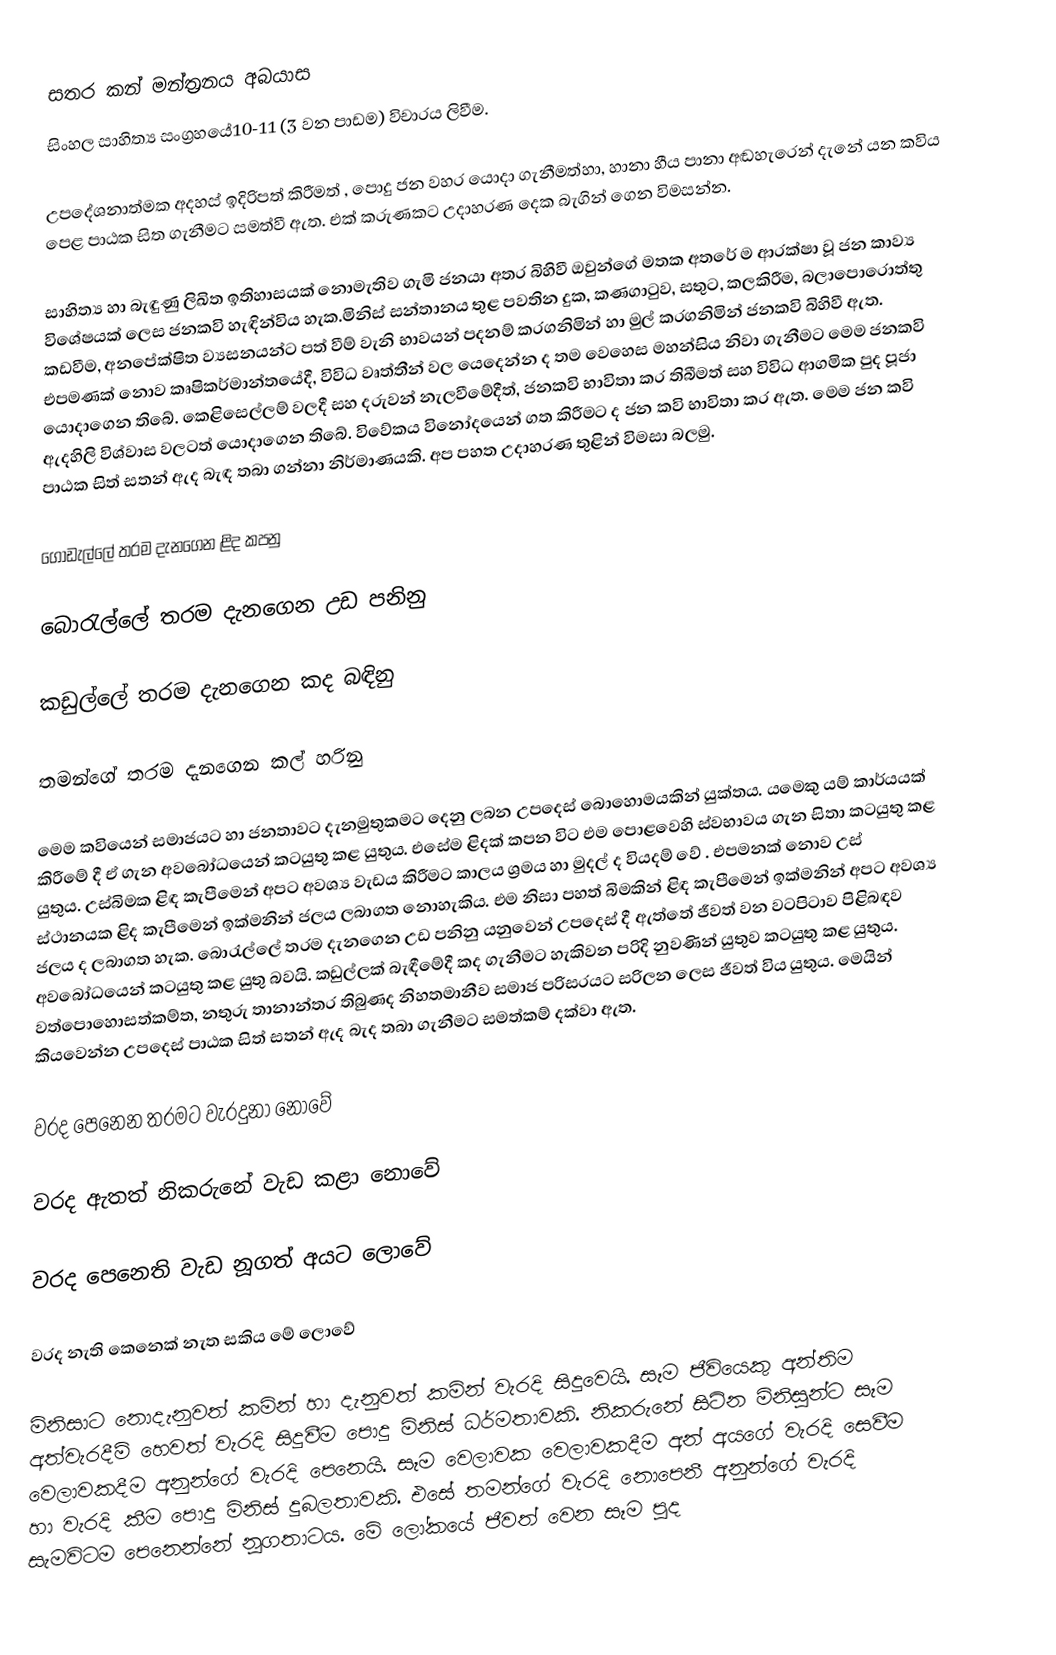
සතර කන් මන්ත්‍ර්‍රනය අබයාස
සිංහල සාහිත්‍ය සංග්‍රහයේ10-11 (3 වන පාඩම) විචාරය ලිවීම.

 උපදේශනාත්මක අදහස් ඉදිරිපත් කිරීමත් , පොදු ජන වහර යොදා ගැනීමත්හා, හානා හීය පානා අඬහැරෙන් දැනේ යන කවිය පෙළ පාඨක සිත ගැනීමට සමත්වී ඇත. එක් කරුණකට  උදාහරණ දෙක බැගින් ගෙන විමසන්න.

සාහිත්‍ය හා බැඳුණු ලිඛිත ඉතිහාසයක් නොමැතිව ගැමි ජනයා අතර බිහිවී ඔවුන්ගේ මතක අතරේ ම ආරක්ෂා වූ ජන කාව්‍ය විශේෂයක් ලෙස ජනකවි හැඳින්විය හැක.මිනිස් සන්තානය තුළ පවතින දුක, කණගාටුව, සතුට, කලකිරීම, බලාපොරොත්තු කඩවීම, අනපේක්ෂිත ව්‍යසනයන්ට පත් වීම් වැනි භාවයන් පදනම් කරගනිමින් හා මුල් කරගනිමින් ජනකවි බිහිවී ඇත. එපමණක් නොව කෘෂිකර්මාන්තයේදී, විවිධ වෘත්තීන් වල යෙදෙන්න ද තම වෙහෙස මහන්සිය නිවා ගැනීමට මෙම ජනකවි යොදාගෙන තිබේ. කෙළිසෙල්ලම් වලදී සහ දරුවන් නැලවීමේදීත්, ජනකවි භාවිතා කර තිබීමත් සහ විවිධ ආගමික පුද පූජා ඇදහිලි විශ්වාස වලටත් යොදාගෙන තිබේ. විවේකය විනෝදයෙන් ගත කිරීමට ද ජන කවි භාවිතා කර ඇත. මෙම ජන කවි පාඨක සිත් සතන් ඇද බැඳ තබා ගන්නා නිර්මාණයකි. අප පහත උදාහරණ තුළින් විමසා බලමු.

ගොඩැල්ලේ තරම දැනගෙන ළිද            කපනු

බොරැල්ලේ තරම දැනගෙන උඩ             පනිනු

කඩුල්ලේ තරම දැනගෙන කද                බඳිනු

තමන්ගේ තරම දැනගෙන කල්               හරිනු

මෙම කවියෙන් සමාජයට හා ජනතාවට දැනමුතුකමට දෙනු ලබන උපදෙස් බොහොමයකින් යුක්තය. යමෙකු යම් කාර්යයක් කිරීමේ දී ඒ ගැන අවබෝධයෙන් කටයුතු කළ යුතුය. එසේම ළිදක් කපන විට එම පොළවෙහි ස්වභාවය ගැන සිතා කටයුතු කළ යුතුය.  උස්බිමක  ළිඳ කැපීමෙන් අපට අවශ්‍ය වැඩය කිරීමට කාලය ශ්‍රමය හා මුදල් ද වියදම් වේ . එපමනක් නොව උස් ස්ථානයක ළිද කැපීමෙන් ඉක්මනින්  ජලය ලබාගත නොහැකිය. එම නිසා පහත් බිමකින් ළිඳ කැපීමෙන් ඉක්මනින් අපට අවශ්‍ය ජලය ද ලබාගත හැක. බොරැල්ලේ තරම දැනගෙන උඩ පනිනු යනුවෙන් උපදෙස් දී ඇත්තේ ජීවත් වන වටපිටාව පිළිබඳව අවබෝධයෙන් කටයුතු කළ යුතු බවයි.  කඩුල්ලක් බැඳීමේදී කද ගැනීමට හැකිවන පරිදි නුවණින් යුතුව කටයුතු කළ යුතුය. වත්පොහොසත්කම්ත, නතුරු තානාන්තර තිබුණද නිහතමානීව සමාජ පරිසරයට සරිලන ලෙස ජීවත් විය යුතුය. මෙයින් කියවෙන්න උපදෙස් පාඨක සිත් සතන් ඇද බැද තබා ගැනීමට සමත්කම් දක්වා ඇත.

වරද පෙනෙන තරමට වැරදුනා               නොවේ

වරද ඇතත් නිකරුනේ වැඩ කළා            නොවේ

වරද පෙනෙති වැඩ නූගත් අයට               ලොවේ

වරද නැති කෙනෙක් නැත සකිය මේ        ලොවේ

මිනිසාට නොදැනුවත් කමින් හා දැනුවත් කමින් වැරදි සිදුවෙයි. සෑම ජීවියෙකු අන්තිම අත්වැරදීම් හෙවත් වැරදි සිදුවීම පොදු මිනිස්  ධර්මතාවකි. නිකරුනේ සිටින මිනිසුන්ට සෑම වෙලාවකදීම අනුන්ගේ වැරදි පෙනෙයි. සෑම වෙලාවක වෙලාවකදීම අන් අයගේ වැරදි සෙවීම හා වැරදි කීම පොදු මිනිස් දුබලතාවකි. එසේ තමන්ගේ වැරදි නොපෙනී අනුන්ගේ වැරදි සැමවිටම පෙනෙන්නේ නූගතාටය. මේ ලෝකයේ ජීවත් වෙන සෑම පුද